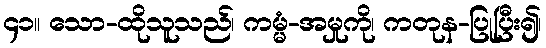
၄၁။ သော-ထိုသူသည်၊ ကမ္မံ-အမှုကို၊ ကတုန-ပြုပြီး၍၊